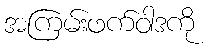
အကြမ်းဖက်ဝါဒကို